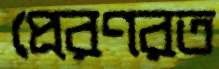
প্রেরণরত